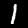
Label: 1